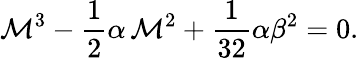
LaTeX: \mathcal{M}^{3}-\frac{{1}}{{2}}\alpha\, \mathcal{M}^{2}+\frac{{1}}{{32}}\alpha\beta^{2}=0.